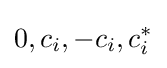
0,c_{i},-c_{i},c_{i}^{*}